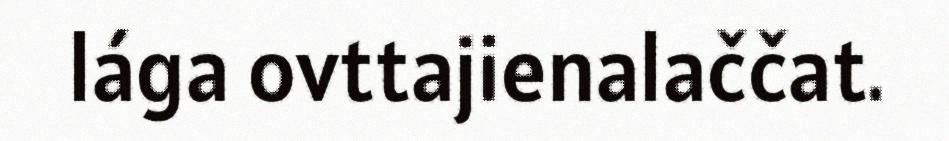
lága ovttajienalaččat.